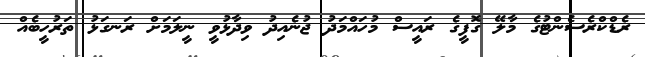
ރެޑްކްރެސެންޓުގެ މާލޭ ގޮފީގެ ރައީސް މުހައްމަދު ޖުނެއިދު ވިދާޅުވީ ނީލަމަށް ރަނގަޅު ތަރުހީބެއް